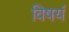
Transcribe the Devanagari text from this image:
विषयं